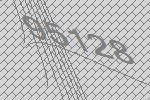
95128